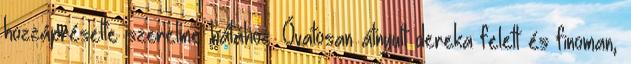
hozzápréselte szerelme hátához. Óvatosan átnyult dereka felett és finoman,